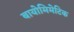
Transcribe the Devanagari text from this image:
बायोमिमेटिक